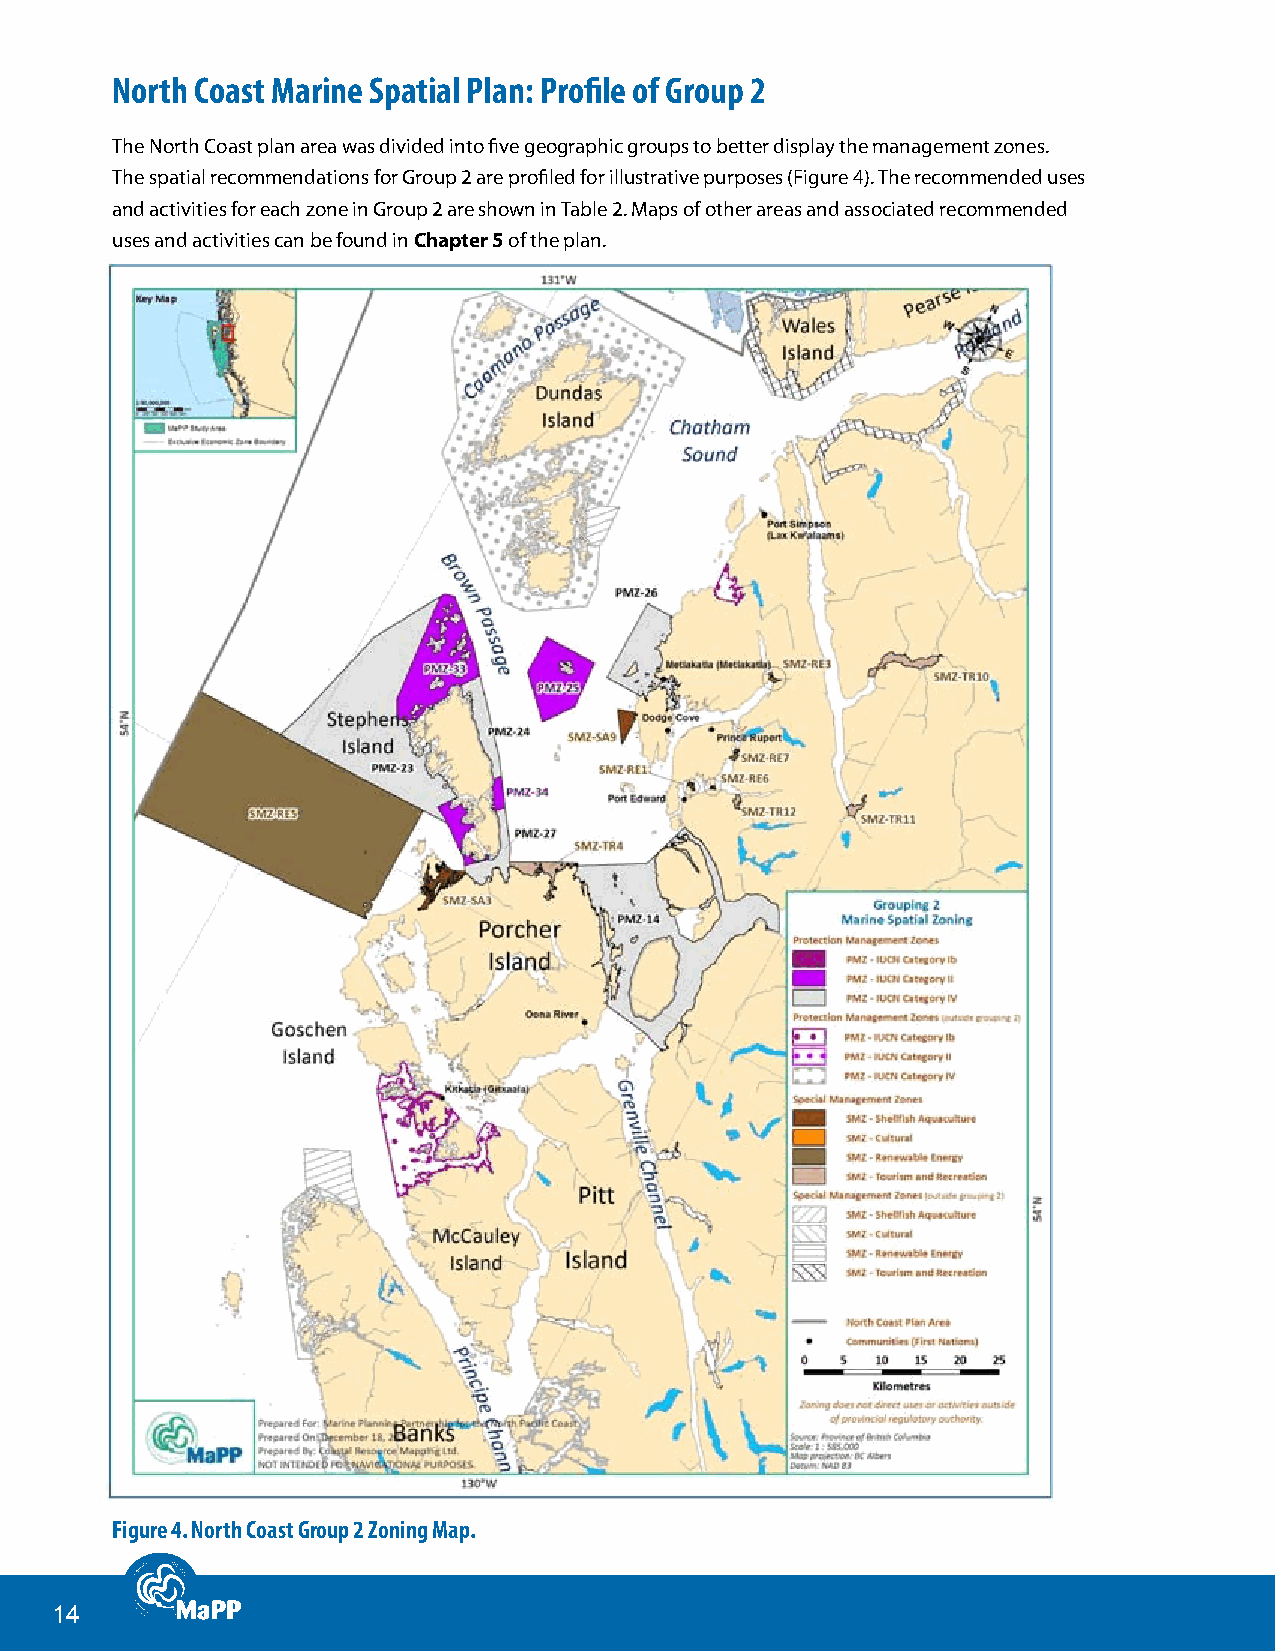
North Coast Marine Spatial Plan: Profile of group 2
 The North Coast plan area was divided into five geographic groups to better display the management zones.
 The spatial recommendations for Group 2 are profiled for illustrative purposes (Figure 4). The recommended uses
 and activities for each zone in Group 2 are shown in Table 2. Maps of other areas and associated recommended
 uses and activities can be found in Chapter5 of the plan.
 figure 4. North Coast group 2 Zoning Map.
 14